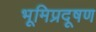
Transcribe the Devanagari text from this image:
भूमिप्रदूषण